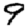
Digit: 9